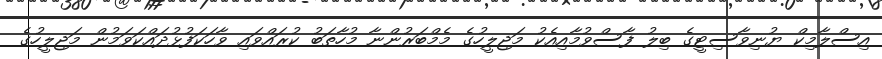
އިސްލާމިކް ޔުނިވާސިޓީގެ ބިލު ފާސްވުމާއިއެކު މަޖިލީހުގެ މެމްބަރުންނާ މުހާތަބު ކުރައްވައި ވާހަކަފުޅުދައްކަވަމުން މަޖިލީހުގެ